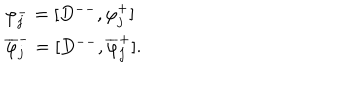
\begin{array} { l c r } { { \varphi _ { j } ^ { - } = [ D ^ { -- } , \varphi _ { j } ^ { + } ] } } \\ { { \overline { { { \varphi } } } _ { j } ^ { - } = [ D ^ { -- } , \overline { { { \varphi } } } _ { j } ^ { + } ] . } } \\ \end{array}